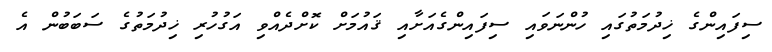
ސިފައިންގެ ޚިދުމަތުގައި ހުންނަވައި ސިފައިންގެއަށާއި ޤައުމަށް ކޮށްދެއްވި އަގުހުރި ޚިދުމަތުގެ ސަބަބުން އެ